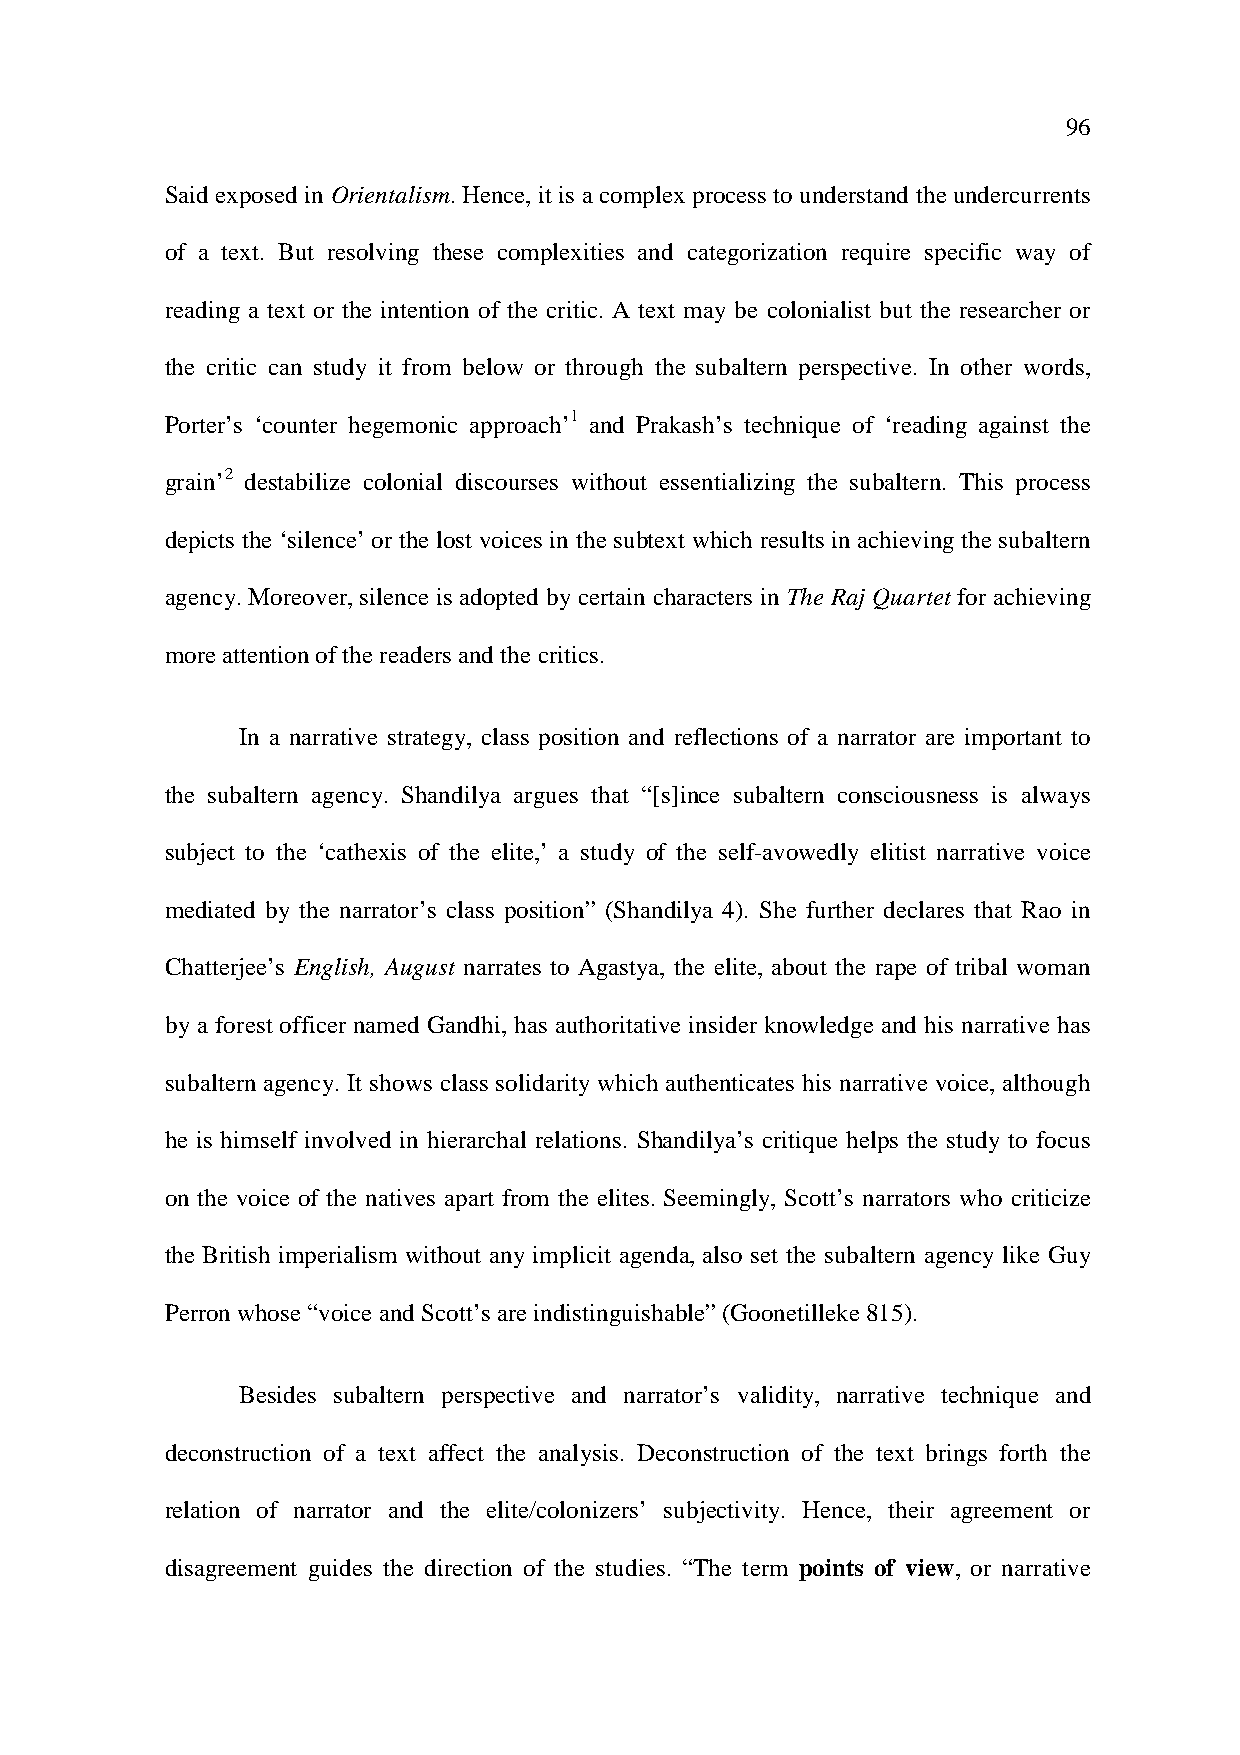
96
 Said exposed in Orientalism. Hence, it is a complex process to understand the undercurrents
 of a text. But resolving these complexities and categorization require specific way of
 reading a text or the intention of the critic. A text may be colonialist but the researcher or
 the critic can study it from below or through the subaltern perspective. In other words,
 Porter’s ‘counter hegemonic approach’1 and Prakash’s technique of ‘reading against the
 grain’2 destabilize colonial discourses without essentializing the subaltern. This process
 depicts the ‘silence’ or the lost voices in the subtext which results in achieving the subaltern
 agency. Moreover, silence is adopted by certain characters in The Raj Quartet for achieving
 more attention of the readers and the critics.
 In a narrative strategy, class position and reflections of a narrator are important to
 the subaltern agency. Shandilya argues that “[s]ince subaltern consciousness is always
 subject to the ‘cathexis of the elite,’ a study of the self-avowedly elitist narrative voice
 mediated by the narrator’s class position” (Shandilya 4). She further declares that Rao in
 Chatterjee’s E nglish, August narrates to Agastya, the elite, about the rape of tribal woman
 by a forest officer named Gandhi, has authoritative insider knowledge and his narrative has
 subaltern agency. It shows class solidarity which authenticates his narrative voice, although
 he is himself involved in hierarchal relations. Shandilya’s critique helps the study to focus
 on the voice of the natives apart from the elites. Seemingly, Scott’s narrators who criticize
 the British imperialism without any implicit agenda, also set the subaltern agency like Guy
 Perron whose “voice and Scott’s are indistinguishable” (Goonetilleke 815).
 Besides subaltern perspective and narrator’s validity, narrative technique and
 deconstruction of a text affect the analysis. Deconstruction of the text brings forth the
 relation of narrator and the elite/colonizers’ subjectivity. Hence, their agreement or
 disagreement guides the direction of the studies. “The term points of view, or narrative